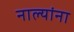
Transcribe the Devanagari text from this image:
नाल्यांना